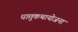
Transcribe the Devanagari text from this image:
धातुकथायोजना